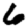
Digit: 6